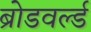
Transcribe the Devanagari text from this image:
ब्रोडवर्ल्ड